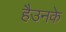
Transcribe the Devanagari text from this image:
हैउनके